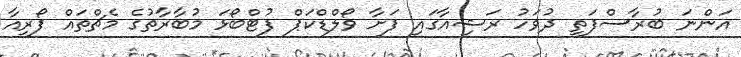
އަންނަ ބުރާސްފަތި ދުވަހު ރަޝިއާގައި ފަށާ ވޯލްޑްކަޕް ފުޓްބޯޅަ މުބާރާތުގެ މެޗްތައް ފޯރިއާ